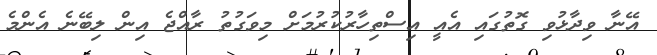
އޭނާ ވިދާޅުވި ގޮތުގައި އެއީ އިސްތިހާރުކުރުމަށް މިވަގުތު ރާއްޖެ އިން ލިބޭނެ އެންމެ